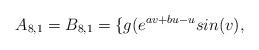
LaTeX: \begin{align*} A_{8,1}=B_{8,1}=\{g(e^{av+bu-u}sin(v), \end{align*}